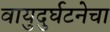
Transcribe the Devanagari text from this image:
वायुदुर्घटनेचा